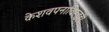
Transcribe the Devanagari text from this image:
केशवपनाविरुद्धही